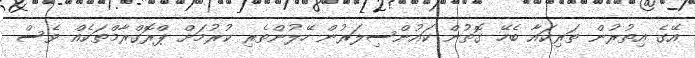
އޭގެ އިތުރުން ތަރިކައާ ބެހޭ ގޮތުން ކައުންސިލަރުން ހޭލުންތެރި ކުރުމަށް ޕްރޮގްރާމްތަކެއް ވެސް